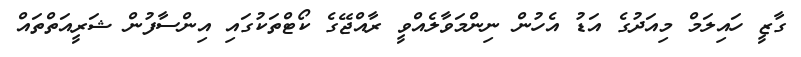
ގާާޒީ ހައިލަމް މިއަދުގެ އަޑު އެހުން ނިންމަވާލެއްވީ ރާއްޖޭގެ ކޯޓްތަކުގައި އިންސާފުން ޝަރީއަތްތައް